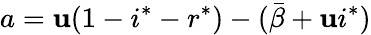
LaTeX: a=\mathbf{u}(1-i^{*}-r^{*})-(\bar{{\beta}}+\mathbf{u}i^{*})